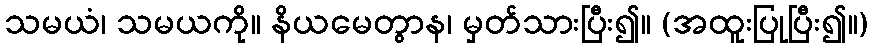
သမယံ၊ သမယကို။ နိယမေတွာန၊ မှတ်သားပြီး၍။ (အထူးပြုပြီး၍။)